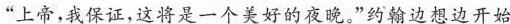
“上帝，我保证，这将是一个美好的夜晚。”约翰边想边开始